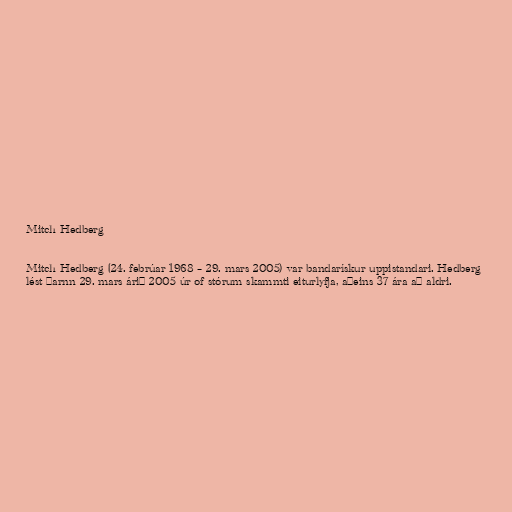
Mitch Hedberg

Mitch Hedberg (24. febrúar 1968 – 29. mars 2005) var bandarískur uppistandari. Hedberg
lést þarnn 29. mars árið 2005 úr of stórum skammti eiturlyfja, aðeins 37 ára að aldri.